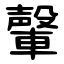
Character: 䡰